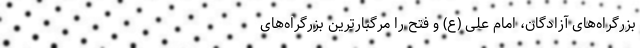
بزرگراه‌های آزادگان، امام علی (ع) و فتح را مرگبارترین بزرگراه‌های